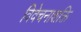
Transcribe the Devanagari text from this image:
विवेचनाशक्ति